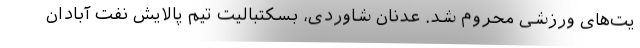
یت‌های ورزشی محروم شد. عدنان شاوردی، ‌بسکتبالیت تیم پالایش نفت آبادان